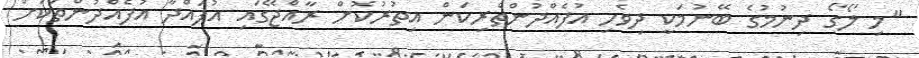
"މި ލޯގޯ ދިނުމުގެ ބޭނުމަކީ ދިވެހި އުފެއްދުންތެރިކަން އިތުރުކޮށް ރާއްޖޭގައި އުފައްދާ އުފެއްދުންތަކަށް